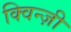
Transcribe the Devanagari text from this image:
क्विन्ज़ी